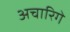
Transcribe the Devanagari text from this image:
अचारिगे